system: You are a helpful assistant.
user:
Analyze the provided spectrum to determine if it is a **M-type Giant (gM)**.

A M-type Giant spectrum is defined by its **strong molecular absorption** features, particularly from **Titanium Oxide (TiO)**. You must check for one of the following mutually exclusive signatures:

- **Key Visual Indicators (Absorption-Dominated Spectrum):**

    - **(Primary):** The spectrum is dominated by strong molecular absorption from **Titanium Oxide (TiO)**. This is the **defining feature** of its M-type temperature class.
        - **(Key Bandheads):** Look for sharp, "saw-tooth" absorption valleys. The strongest are located near **~7050 Å**, **~6160 Å**, and **~5170 Å**.
        - **(Line Profile):** The "saw-tooth" morphology is critical: a **sharp, steep drop on the BLUE (short-wavelength) side** of the bandhead, followed by a gradual recovery (rising flux) towards the RED (long-wavelength) side.

    - **(Key Confirmation - Giant vs. Dwarf):** **ABSENCE** of strong **Calcium Hydride (CaH)** molecular bands. This is the primary diagnostic for *excluding* M-dwarfs.
        - **(Key Region):** The spectrum should lack the strong, broad absorption band seen in dwarfs between **~6800 Å and ~7000 Å**.

    - **(Secondary Confirmation - Giant):** A very strong and broad **Neutral Calcium (Ca I)** atomic absorption line.
        - **(Key Line):** Located at **~4226 Å**. In a giant (gM), this line is significantly deeper and broader than the same line in an M-dwarf (dM) due to low surface gravity.

    - **(Overall Spectrum):**
        - The continuum is **extremely red-sloping** (i.e., flux is very low in the blue and rises dramatically towards the red).
        - The entire spectrum appears "chopped up" by the deep TiO bands.

Think first, call **spectral_visualization_tool** if needed to examine features in detail, then provide your final answer. Your response must adhere to the following strict rules:
1.  **Overall Structure:** Your response must follow the format `<think>...</think> <tool_call>...</tool_call> (if a tool is used) <answer>...</answer>`.
2.  **Tool Usage Constraint:** You may only make **one** tool call per turn.
3.  **Final Answer Format:** In the `<answer>` tag, your conclusion must be inside a `\boxed{}` command (e.g., `\boxed{YES}` or `\boxed{NO}`), followed by your justification.

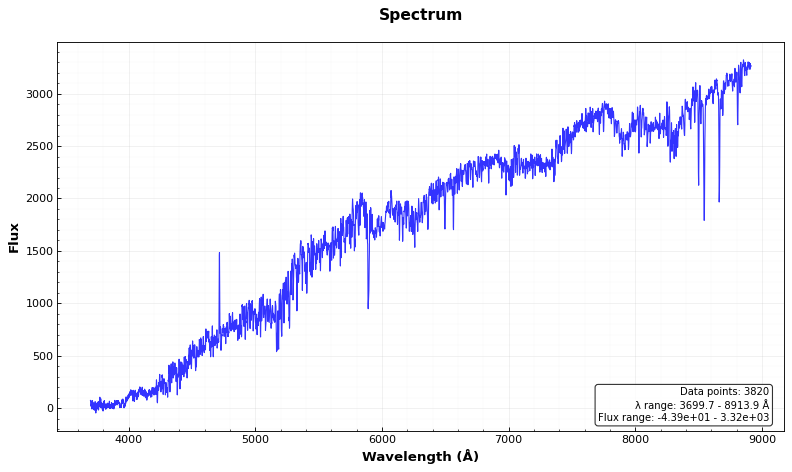
Answer: NO